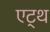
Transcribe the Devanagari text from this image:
एट्थ